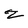
Character: z